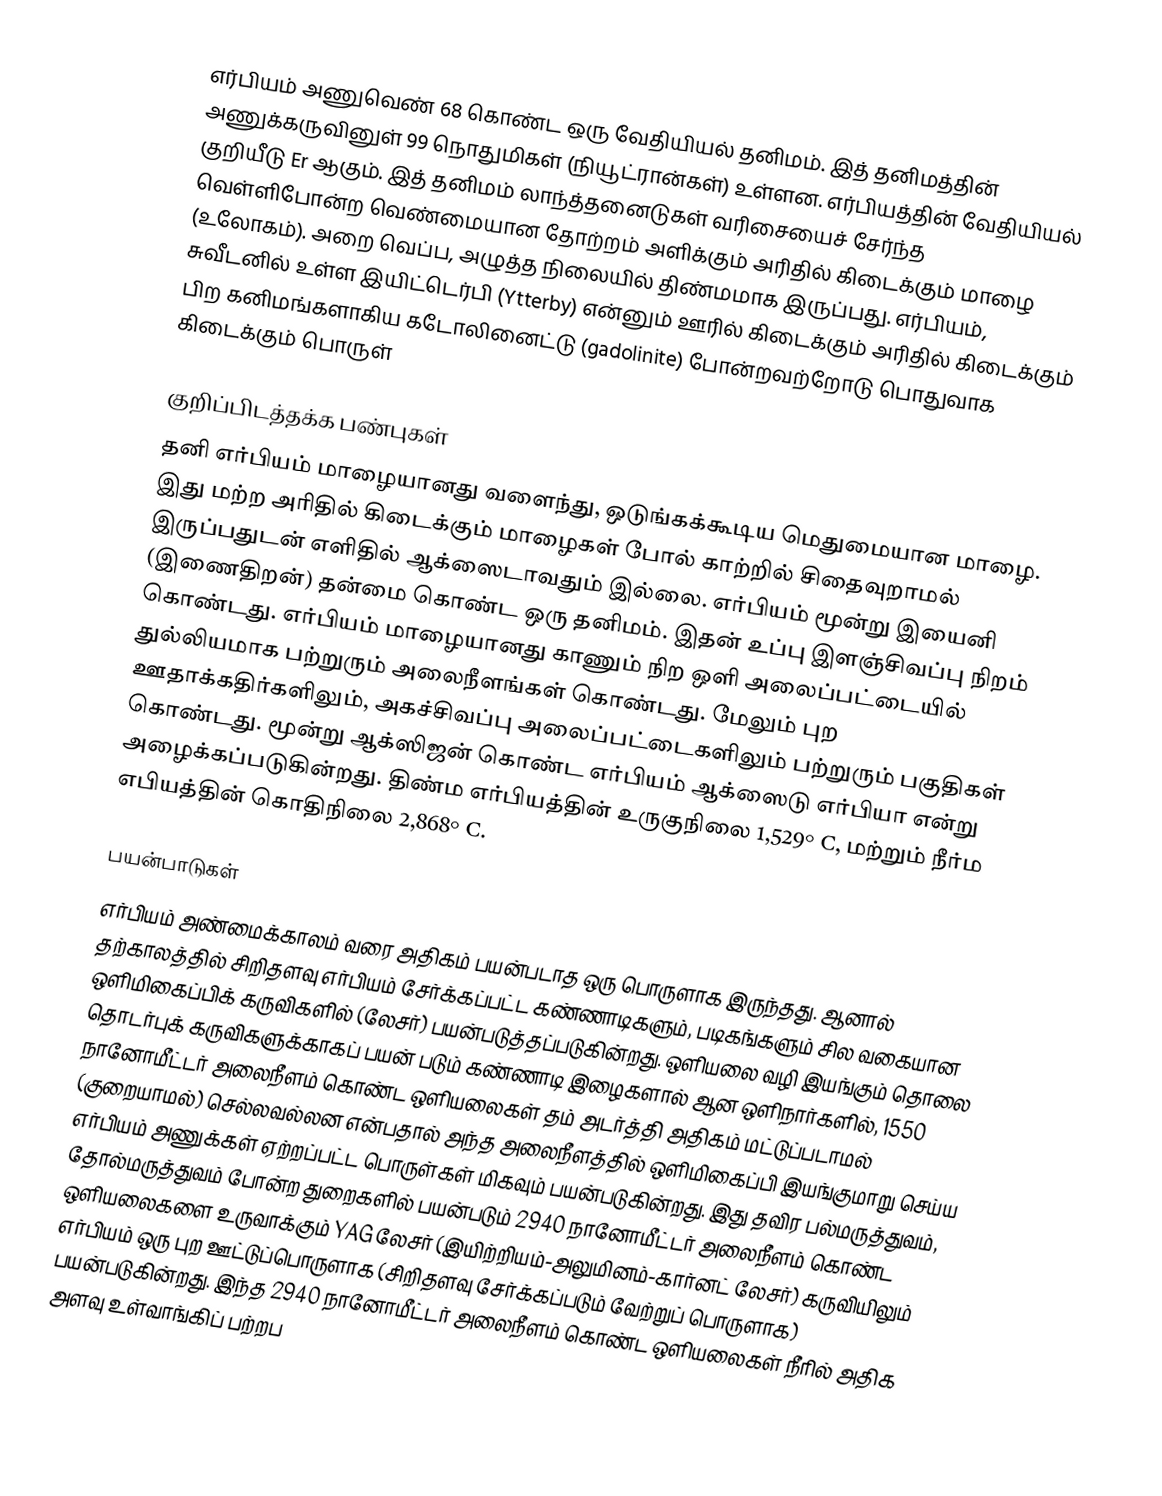
எர்பியம் அணுவெண் 68 கொண்ட ஒரு வேதியியல் தனிமம். இத் தனிமத்தின் அணுக்கருவினுள் 99 நொதுமிகள் (நியூட்ரான்கள்) உள்ளன. எர்பியத்தின் வேதியியல் குறியீடு Er ஆகும். இத் தனிமம் லாந்த்தனைடுகள் வரிசையைச் சேர்ந்த வெள்ளிபோன்ற வெண்மையான தோற்றம் அளிக்கும் அரிதில் கிடைக்கும் மாழை (உலோகம்). அறை வெப்ப, அழுத்த நிலையில் திண்மமாக இருப்பது. எர்பியம், சுவீடனில் உள்ள இயிட்டெர்பி (Ytterby) என்னும் ஊரில் கிடைக்கும் அரிதில் கிடைக்கும் பிற கனிமங்களாகிய கடோலினைட்டு (gadolinite) போன்றவற்றோடு பொதுவாக கிடைக்கும் பொருள்

குறிப்பிடத்தக்க பண்புகள்
தனி எர்பியம் மாழையானது வளைந்து, ஒடுங்கக்கூடிய மெதுமையான மாழை. இது மற்ற அரிதில் கிடைக்கும் மாழைகள் போல் காற்றில் சிதைவுறாமல் இருப்பதுடன் எளிதில் ஆக்ஸைடாவதும் இல்லை. எர்பியம் மூன்று இயைனி (இணைதிறன்) தன்மை கொண்ட ஒரு தனிமம். இதன் உப்பு இளஞ்சிவப்பு நிறம் கொண்டது. எர்பியம் மாழையானது காணும் நிற ஒளி அலைப்பட்டையில் துல்லியமாக பற்றுரும் அலைநீளங்கள் கொண்டது. மேலும் புற ஊதாக்கதிர்களிலும், அகச்சிவப்பு அலைப்பட்டைகளிலும் பற்றுரும் பகுதிகள் கொண்டது. மூன்று ஆக்ஸிஜன் கொண்ட எர்பியம் ஆக்ஸைடு எர்பியா என்று அழைக்கப்படுகின்றது. திண்ம எர்பியத்தின் உருகுநிலை 1,529° C, மற்றும் நீர்ம எபியத்தின் கொதிநிலை 	2,868° C.

பயன்பாடுகள்
எர்பியம் அண்மைக்காலம் வரை அதிகம் பயன்படாத ஒரு பொருளாக இருந்தது. ஆனால் தற்காலத்தில் சிறிதளவு எர்பியம் சேர்க்கப்பட்ட கண்ணாடிகளும், படிகங்களும் சில வகையான ஒளிமிகைப்பிக் கருவிகளில் (லேசர்) பயன்படுத்தப்படுகின்றது. ஒளியலை வழி இயங்கும் தொலை தொடர்புக் கருவிகளுக்காகப் பயன் படும் கண்ணாடி இழைகளால் ஆன ஒளிநார்களில், 1550 நானோமீட்டர் அலைநீளம் கொண்ட ஒளியலைகள் தம் அடர்த்தி அதிகம் மட்டுப்படாமல் (குறையாமல்) செல்லவல்லன என்பதால் அந்த அலைநீளத்தில் ஒளிமிகைப்பி இயங்குமாறு செய்ய எர்பியம் அணுக்கள் ஏற்றப்பட்ட பொருள்கள் மிகவும் பயன்படுகின்றது. இது தவிர பல்மருத்துவம், தோல்மருத்துவம் போன்ற துறைகளில் பயன்படும் 2940 நானோமீட்டர் அலைநீளம் கொண்ட ஒளியலைகளை உருவாக்கும் YAG லேசர் (இயிற்றியம்-அலுமினம்-கார்னட் லேசர்) கருவியிலும் எர்பியம் ஒரு புற ஊட்டுப்பொருளாக (சிறிதளவு சேர்க்கப்படும் வேற்றுப் பொருளாக) பயன்படுகின்றது. இந்த 2940 நானோமீட்டர் அலைநீளம் கொண்ட ஒளியலைகள் நீரில் அதிக அளவு உள்வாங்கிப் பற்றப